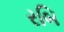
રબિ